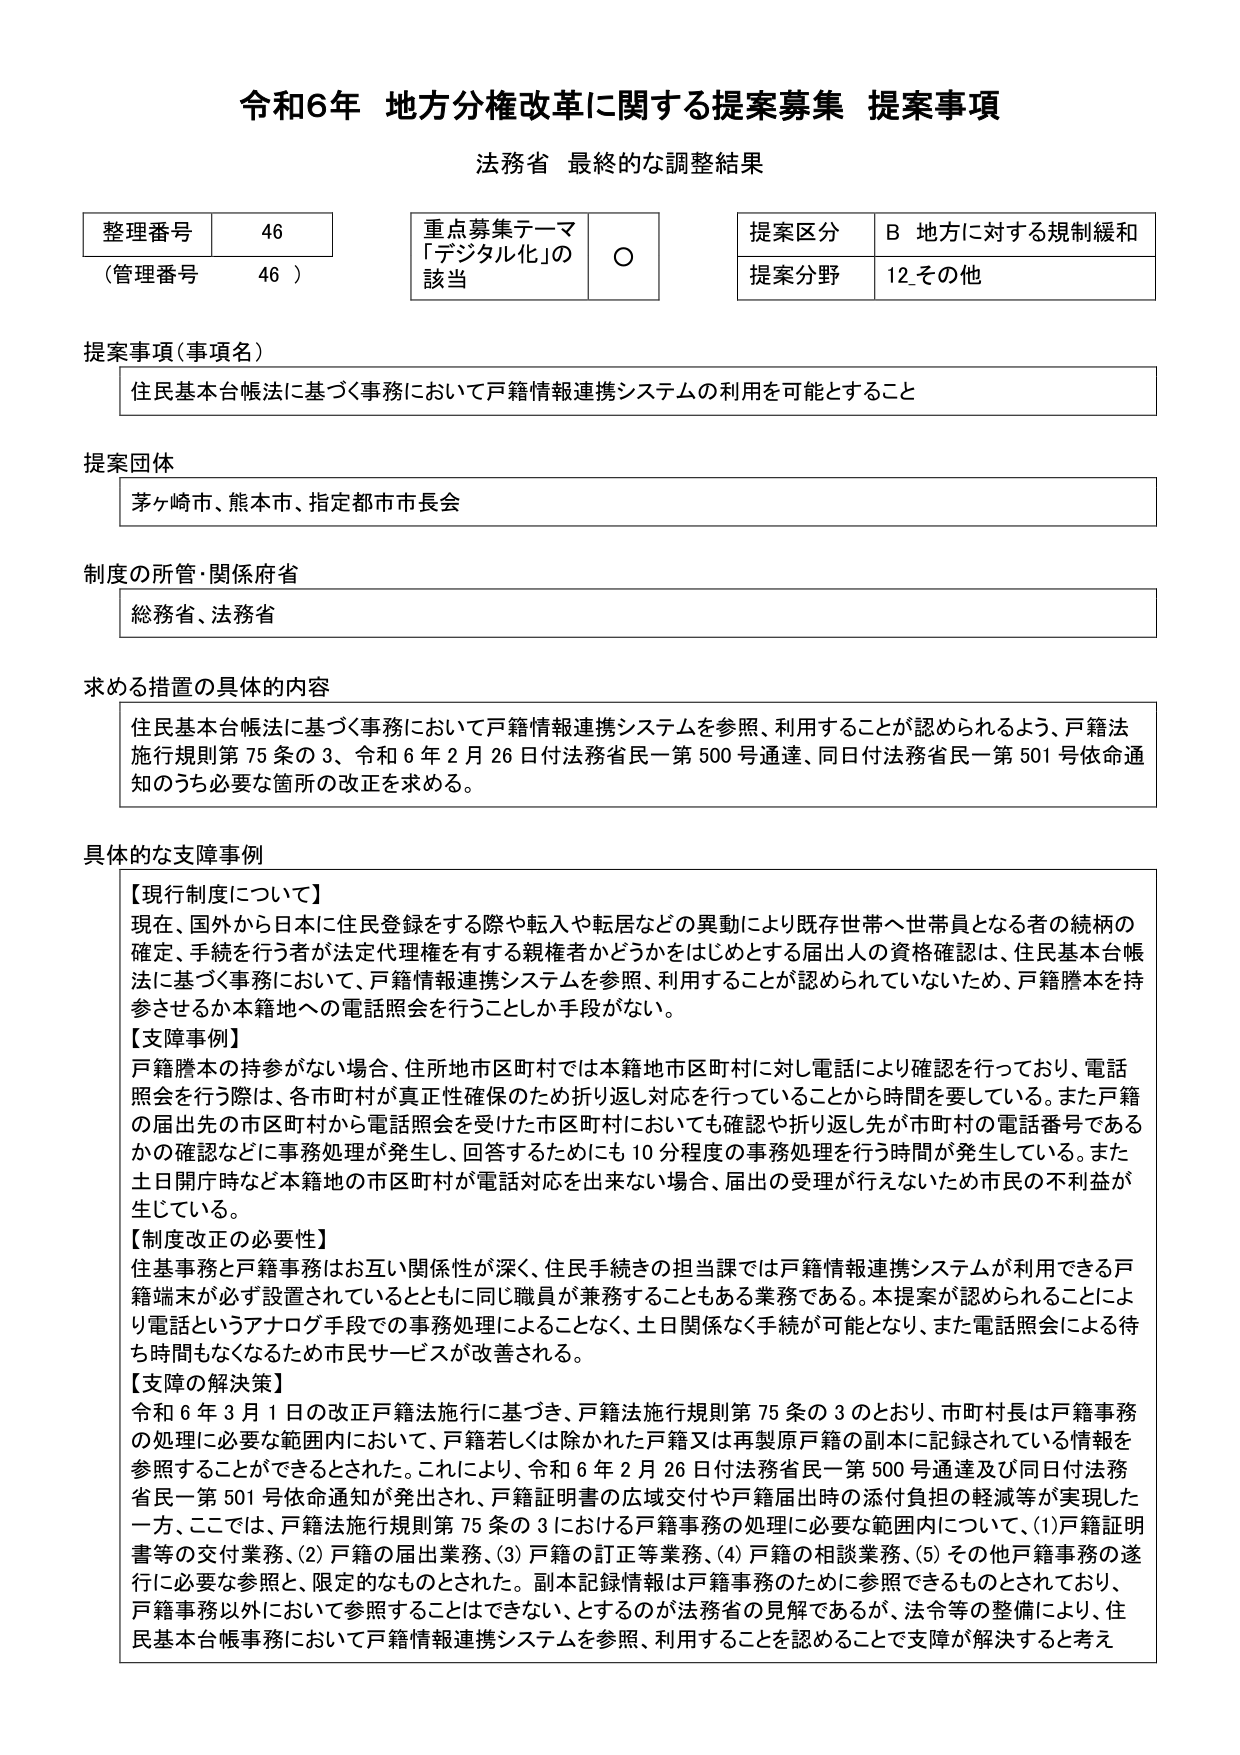
令和6年 地方分権改革に関する提案募集 提案事項
法務省 最終的な調整結果

整理番号 46
（管理番号 46）

重点募集テーマ
「デジタル化」の
該当 ○

提案区分 B 地方に対する規制緩和
提案分野 12 その他

提案事項（事項名）
住民基本台帳法に基づく事務において戸籍情報連携システムの利用を可能とすること

提案団体
茅ヶ崎市、熊本市、指定都市市長会

制度の所管・関係府省
総務省、法務省

求める措置の具体的内容
住民基本台帳法に基づく事務において戸籍情報連携システムを参照、利用することが認められるよう、戸籍法施行規則第75条の3、令和6年2月26日付法務省民一第500号通達、同日付法務省民一第501号依命通知のうち必要な箇所の改正を求める。

具体的な支障事例
【現行制度について】
現在、国外から日本に住民登録をする際や転入や転居などの異動により既存世帯へ世帯員となる者の続柄の確定、手続を行う者が法定代理権を有する親権者かどうかをはじめとする届出人の資格確認は、住民基本台帳法に基づく事務において、戸籍情報連携システムを参照、利用することが認められていないため、戸籍謄本を持参させるか本籍地への電話照会を行うことしか手段がない。

【支障事例】
戸籍謄本の持参がない場合、住所地市区町村では本籍地市区町村に対し電話により確認を行っており、電話照会を行う際は、各市町村が真正性確保のため折り返し対応を行っていることから時間を要している。また戸籍の届出先の市区町村から電話照会を受けた市区町村においても確認や折り返し先が市町村の電話番号であるかの確認などに事務処理が発生し、回答するためにも10分程度の事務処理を行う時間が発生している。また土日開庁時など本籍地の市区町村が電話対応を出来ない場合、届出の受理が行えないため市民の不利益が生じている。

【制度改正の必要性】
住基事務と戸籍事務は相互関係性が深く、住民手続きの担当課では戸籍情報連携システムが利用できる戸籍端末が必ず設置されているとともに同じ職員が兼務することもある業務である。本提案が認められることにより電話というアナログ手段での事務処理によることなく、土日関係なく手続が可能となり、また電話照会による待ち時間もなくなるため市民サービスが改善される。

【支障の解決策】
令和6年3月1日の改正戸籍法施行に基づき、戸籍法施行規則第75条の3のとおり、市町村長は戸籍事務の処理に必要な範囲内において、戸籍若しくは除かれた戸籍又は再製原戸籍の副本に記録されている情報を参照することができるとはされた。これにより、令和6年2月26日付法務省民一第500号通達及び同日付法務省民一第501号依命通知が発出され、戸籍証明書の広域交付や戸籍届出時の添付負担の軽減等が実現した一方、ここでは、戸籍法施行規則第75条の3における戸籍事務の処理に必要な範囲内について、(1)戸籍証明書等の交付業務、(2)戸籍の届出業務、(3)戸籍の訂正等業務、(4)戸籍の相談業務、(5)その他戸籍事務の遂行に必要な参照と、限定的なものとされた。副本記録情報は戸籍事務のために参照できるものとされており、戸籍事務以外において参照することはできない、とするのが法務省の見解であるが、法令等の整備により、住民基本台帳事務において戸籍情報連携システムを参照、利用することを認めることで支障が解決すると考え